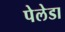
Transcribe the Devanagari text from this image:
पेलेडा